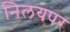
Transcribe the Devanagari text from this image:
निलयपर